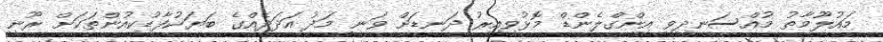
މައުލޫމާތު މުއްސަނދިވި އިންގްލެންޑް މޮޅުވިއިރު ދަނޑަށް ވަނީ މަދު އަދަދެއްގެ ބަޔަކުފާޑުކިއުންތަކަށް ރޫނީ